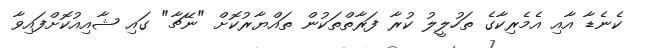
ކެނެޑާ އާއި އެމެރިކާގެ ތަހުލީލު ކުރާ ފަރާތްތަކުން ތައްޔާރުކޮށް "ނޭޗާ" ގައި ޝާއިއުކޮށްފައިވާ